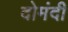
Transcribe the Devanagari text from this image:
दोमंदी